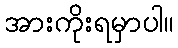
အားကိုးရမှာပါ။